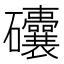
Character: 𥗾